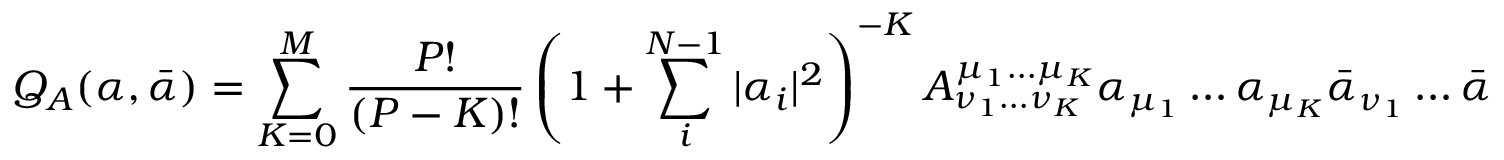
Q _ { A } ( \alpha , \bar { \alpha } ) = \sum _ { K = 0 } ^ { M } \frac { P ! } { ( P - K ) ! } \left( 1 + \sum _ { i } ^ { N - 1 } | \alpha _ { i } | ^ { 2 } \right) ^ { - K } A _ { \nu _ { 1 } \ldots \nu _ { K } } ^ { \mu _ { 1 } \ldots \mu _ { K } } \alpha _ { \mu _ { 1 } } \ldots \alpha _ { \mu _ { K } } \bar { \alpha } _ { \nu _ { 1 } } \ldots \bar { \alpha } _ { \nu _ { K } } \: ,